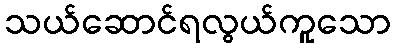
သယ်ဆောင်ရလွယ်ကူသော